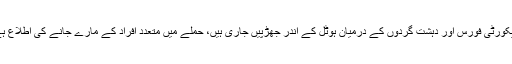
سیکورٹی فورس اور دہشت گردوں کے درمیان ہوٹل کے اندر جھڑپیں جاری ہیں، حملے میں متعدد افراد کے مارے جانے کی اطلاع ہے۔